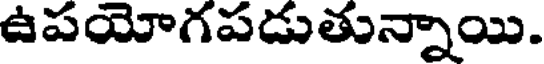
ఉపయోగపడుతున్నాయి.